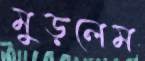
মুড়লেম